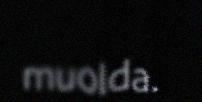
muolda.